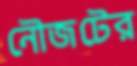
নৌজটের